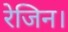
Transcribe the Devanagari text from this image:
रेजिन।